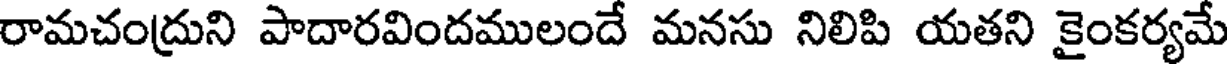
రామచంద్రుని పాదారవిందములందే మనసు నిలిపి యతని కైంకర్యమే